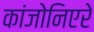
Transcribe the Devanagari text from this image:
कांजोनिएरे